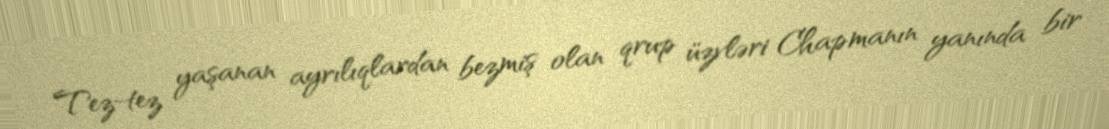
Tez-tez yaşanan ayrılıqlardan bezmiş olan qrup üzvləri Chapmanın yanında bir